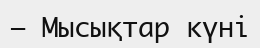
— Мысықтар күні